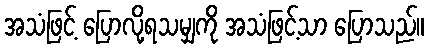
အသံဖြင့် ပြောလို့ရသမျှကို အသံဖြင့်သာ ပြောသည်။